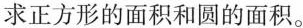
求正方形的面积和圆的面积。